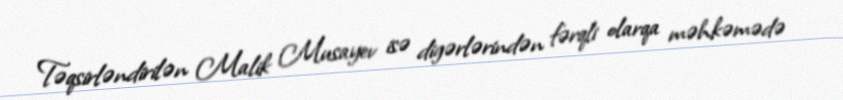
Təqsirləndirilən Malik Musayev isə digərlərindən fərqli olarqa məhkəmədə